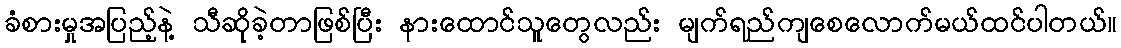
ခံစားမှုအပြည့်နဲ့ သီဆိုခဲ့တာဖြစ်ပြီး နားထောင်သူတွေလည်း မျက်ရည်ကျစေလောက်မယ်ထင်ပါတယ်။